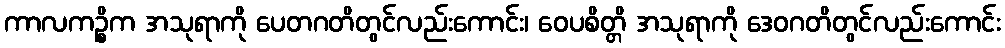
ကာလကဉ္စိက အသုရာကို ပေတဂတိတွင်လည်းကောင်း၊ ဝေပစိတ္တိ အသုရာကို ဒေဝဂတိတွင်လည်းကောင်း